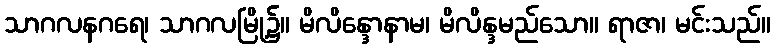
သာဂလနဂရေ၊ သာဂလမြို့၌။ မိလိန္ဒောနာမ၊ မိလိန္ဒမည်သော။ ရာဇာ၊ မင်းသည်။